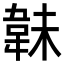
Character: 𩎟